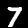
Label: 7